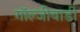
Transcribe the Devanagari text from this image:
गॉल्जीबाडी